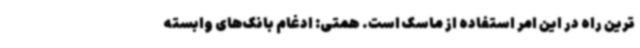
ترین راه در این امر استفاده از ماسک است. همتی: ادغام بانک‌های وابسته